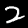
Label: 2